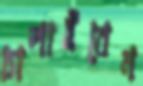
চালাইবেন